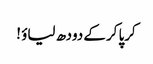
کرپا کرکے دودھ لیاؤ !